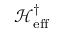
\mathcal { H } _ { \mathrm { e f f } } ^ { \dagger }